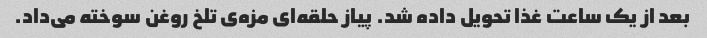
بعد از یک ساعت غذا تحویل داده شد. پیاز حلقه‌ای مزه‌ی تلخ روغن سوخته می‌داد.